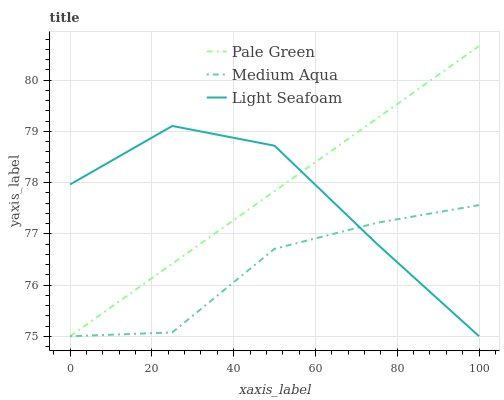
| xaxis_label | Pale Green | Medium Aqua | Light Seafoam |
 | --- | --- | --- | --- |
 | 0 | 75 | 75 | 78 |
 | 25 | 76.4 | 75.1 | 79.1 |
 | 50 | 77.8 | 76.7 | 78.7 |
 | 75 | 79.3 | 77.2 | 76.8 |
 | 100 | 80.7 | 77.6 | 75 |